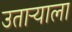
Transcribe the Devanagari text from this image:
उताऱ्याला